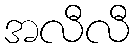
အလီလီ